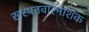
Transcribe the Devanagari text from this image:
खरपतवारनाशक